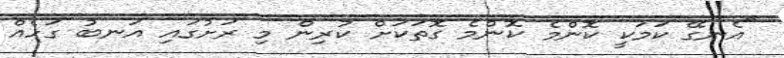
"އެނގޭ ކަމަކީ ކޮންމެ ކޮންމެ ގޮތަކަށް ކުރިން މި ރަށުގައި އަނބު ގަހެއް